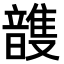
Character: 𮧽